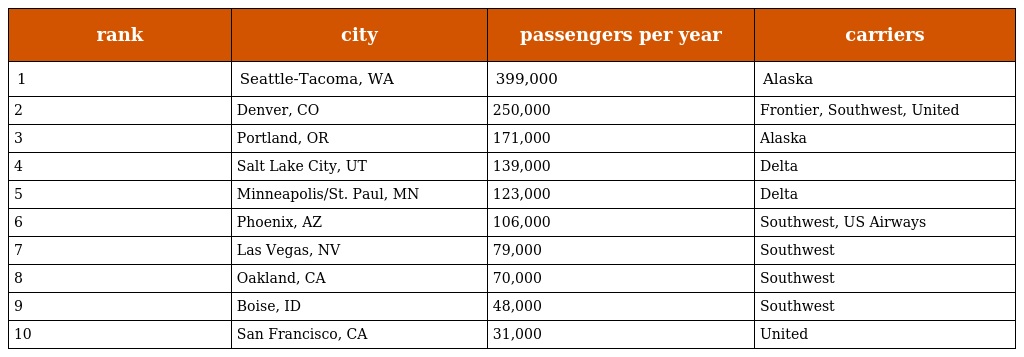
| rank | city | passengers per year | carriers |
 | --- | --- | --- | --- |
 | 1 | Seattle-Tacoma, WA | 399,000 | Alaska |
 | 2 | Denver, CO | 250,000 | Frontier, Southwest, United |
 | 3 | Portland, OR | 171,000 | Alaska |
 | 4 | Salt Lake City, UT | 139,000 | Delta |
 | 5 | Minneapolis/St. Paul, MN | 123,000 | Delta |
 | 6 | Phoenix, AZ | 106,000 | Southwest, US Airways |
 | 7 | Las Vegas, NV | 79,000 | Southwest |
 | 8 | Oakland, CA | 70,000 | Southwest |
 | 9 | Boise, ID | 48,000 | Southwest |
 | 10 | San Francisco, CA | 31,000 | United |